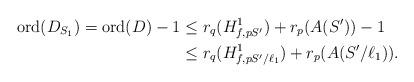
LaTeX: \begin{align*}\mathrm{ord}(D_{S_1}) = \mathrm{ord}(D) -1 &\le r_q(H^1_{f,pS^{\prime}})+r_p(A(S^{\prime}))-1\\&\le r_q(H^1_{f,pS^{\prime}/\ell_1})+r_p(A(S^{\prime}/\ell_1)).\end{align*}